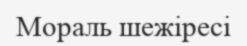
Мораль шежіресі